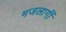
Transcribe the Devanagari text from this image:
मजलागीं